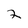
Character: 2